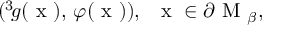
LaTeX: ( ^ { 3 } \! g ( \mathrm { \boldmath ~ x ~ } ) , \, \varphi ( \mathrm { \boldmath ~ x ~ } ) ) , \; \; \mathrm { \boldmath ~ x ~ } \in \partial \mathrm { \boldmath ~ M ~ } _ { \beta } ,